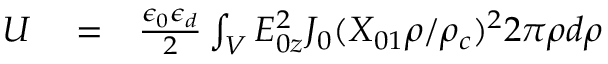
\begin{array} { r l r } { U } & { { } = } & { \frac { \epsilon _ { 0 } \epsilon _ { d } } { 2 } \int _ { V } E _ { 0 z } ^ { 2 } J _ { 0 } ( X _ { 0 1 } \rho / \rho _ { c } ) ^ { 2 } 2 \pi \rho d \rho } \end{array}